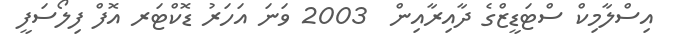
އިސްލާމިކް ސްޓަޑީޒްގެ ދާއިރާއިން  2003 ވަނަ އަހަރު ޑޮކްޓަރ އޮފް ފިލޯސަފީ